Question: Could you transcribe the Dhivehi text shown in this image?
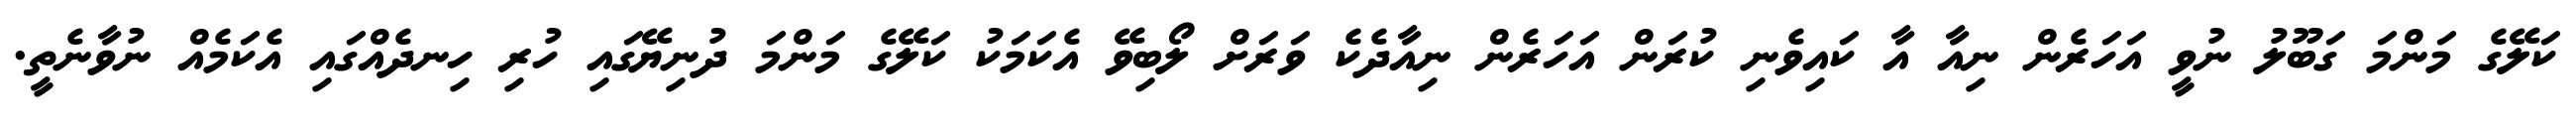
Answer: ކަލޭގެ މަންމަ ގަބޫލު ނުވީ އަހަރެން ނިއާ އާ ކައިވެނި ކުރަން އަހަރެން ނިއާދެކެ ވަރަށް ލޯބިވޭ އެކަމަކު ކަލޭގެ މަންމަ ދުނިޔޭގައި ހުރި ހިނދެއްގައި އެކަމެއް ނުވާނެތީ.